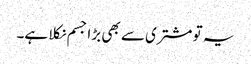
یہ تو مشتری سے بھی بڑا جسم نکلا ہے۔